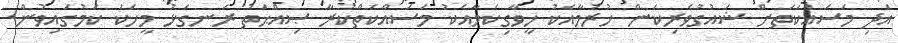
އަދި މަސައްކަތަށް ޝައުގުވެރިކަން ހުރުމާއެކު ހީވާގިކަމާއެކު މަސައްކަތްކުރާ ޞިއްޙަތު ރަނގަޅު މީހަކު ކަމުގައިވުން.